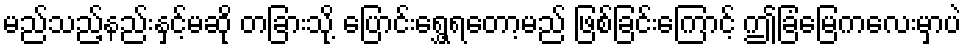
မည်သည့်နည်းနှင့်မဆို တခြားသို့ ပြောင်းရွှေ့ရတော့မည် ဖြစ်ခြင်းကြောင့် ဤခြံမြေကလေးမှာပဲ